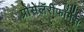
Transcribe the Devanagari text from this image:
प्रोसेलॅरीफॉर्मेस